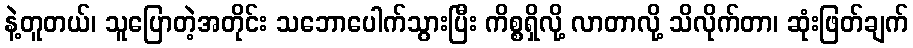
နဲ့တူတယ်၊ သူပြောတဲ့အတိုင်း သဘောပေါက်သွားပြီး ကိစ္စရှိလို့ လာတာလို့ သိလိုက်တာ၊ ဆုံးဖြတ်ချက်